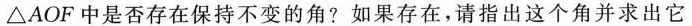
△AOF中是否存在保持不变的角?如果存在，请指出这个角并求出它